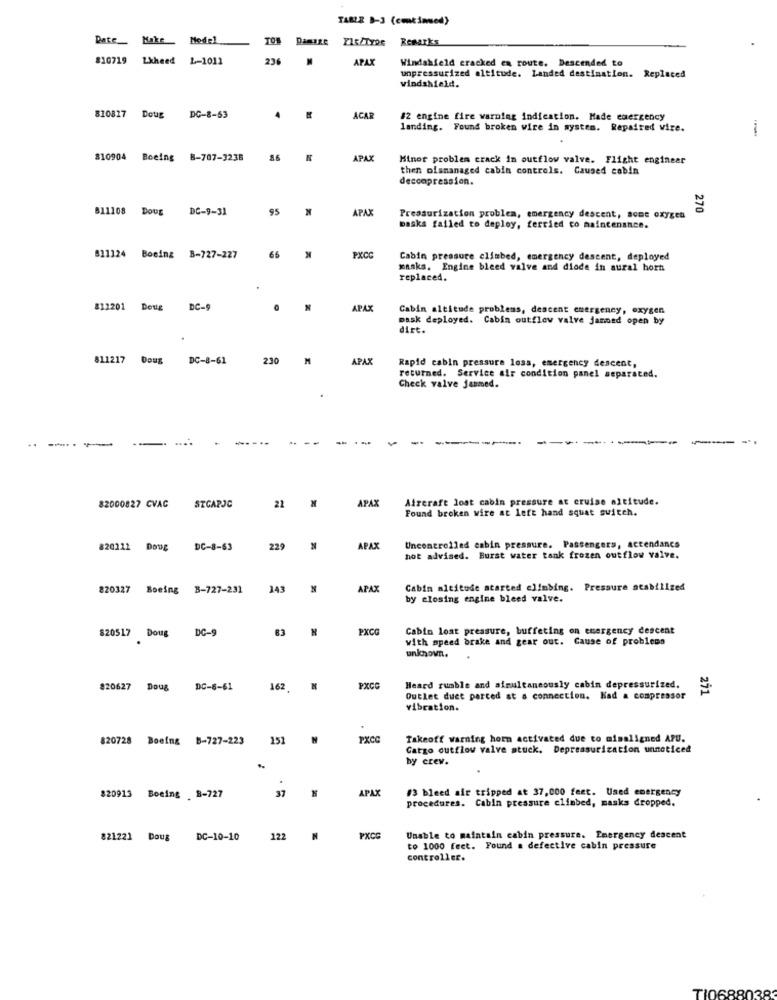
TARLE B-3 (cmtinused)
Date_ Kake
Model
Damsze
Remarks
#10719 Lxheed
L-1011
236
APAX
Windshield cracked en route. Descended to
unpressurized altitude. Landed destination.
Replaced
windshield.
810827
Doug
DC-8-63
4
ACAR
#2 engine fire warning indication. Hade emergency
landing. Found broken wire in system. Repaired wire.
810904
Boeing
B-707-3238
8.6
APAK
Minor problem crack in outflow valve. Flight engineer
then olsmanaged cabin controls. Caused cabin
deccapression.
811108 Doug
DC-9-31
95
APA
270
Pressurization problem, emergency descent, some oxygen
Baska failed to deploy, ferried co maintenance.
66
811124
Boeing 8-727-227
PXCC
Cabin preasure climbed, emergency descent, deployed
masks. Engine bleed valve and diode in aural horn
replaced.
812201
Doug
DC-9
N
APAX
Cabin altitude problems, descent emergency, oxygen
mask deployed. Cabin outflew valve janned open by
dirt.
811217
Doug
DC-8-61
230
APAX
Rapid cabin pressure loss, emergency descent,
returned. Service air condition panel separated.
Check valve jammed.
..
----
22
APAX
Aircraft lost cabin pressure at cruise altitude.
82000827 CVAC
STCAPJC
Found broken wire at left hand squat switch.
820212 Dove
DC-8-63
229
APAX
Uncontrolled cabin pressure. Passengers, actendance
hot advised. Burst water tank frozen outflow valve.
820327 Boeing B-727-231
143
APAX
Cabin mititude started climbing. Pressure stabilized
by closing engine bleed valve.
DC-9
PXCG
Cabin loat pressure, buffeting on emergency descent
820517 Doug
with speed brake and gear out. Cause of problems
unknown.
820627 Doug
DC-6-61
162
N
PXCC
Heard rumble and simultaneously cabin depressurized.
271
Outlet duct parced at a connection. Had a compressor
vibration.
820728 Boeing 8-727-223
151
PXCC
Takeoff warning horn activated due to misaligned APU.
Catgo outflow valve stuck. Depressurization unnoticed
by crev.
37
APAX
#3 bleed air tripped at 37,000 feet. Used emergency
820913 Boeing 8-727
procedures. Cabin pressure climbed, masks dropped.
821221 Doug
DC-10-10
122
N
PKCS
Unable to maintain cabin pressure. Emergency descent
to 1000 feet. Found a defective cabin pressure
controller.